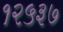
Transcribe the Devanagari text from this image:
१२५३७